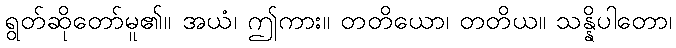
ရွတ်ဆိုတော်မူ၏။ အယံ၊ ဤကား။ တတိယော၊ တတိယ။ သန္နိပါတော၊